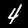
Label: 4